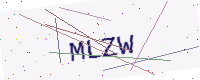
Text: MLZW